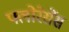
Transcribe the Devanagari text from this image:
फ्लोरेसेंस